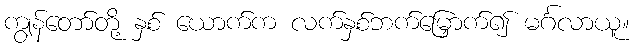
ကျွန်တော်တို့ နှစ် ယောက်က လက်နှစ်ဘက်မြှောက်၍ မင်္ဂလာယူ။